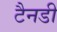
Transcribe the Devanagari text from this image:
टैनडी